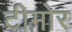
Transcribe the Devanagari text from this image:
टीमोर